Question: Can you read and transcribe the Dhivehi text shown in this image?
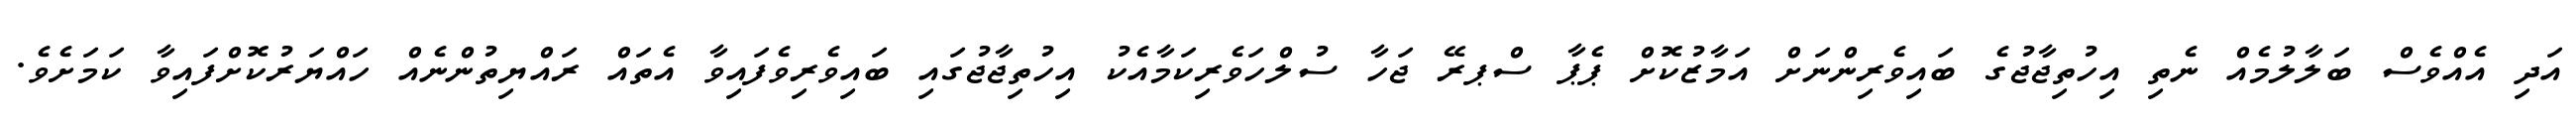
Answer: އަދި އެއްވެސް ބަލާލުމެއް ނެތި އިހުތިޖާޖުގެ ބައިވެރިންނަށް އަމާޒުކޮށް ޕެޕާ ސްޕރޭ ޖަހާ ސުލްހަވެރިކަމާއެކު އިހުތިޖާޖުގައި ބައިވެރިވެފައިވާ އެތައް ރައްޔިތުންނެއް ހައްޔަރުކޮށްފައިވާ ކަމަށެވެ.